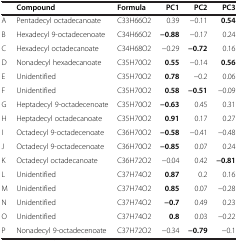
<table><thead><tr><td><b> </b></td><td><b>Compound</b></td><td><b>Formula</b></td><td><b>PC1</b></td><td><b>PC2</b></td><td><b>PC3</b></td></tr></thead><tbody><tr><td>A</td><td>Pentadecyl octadecanoate</td><td>C33H66O2</td><td>0.39</td><td>−0.11</td><td><b>0.54</b></td></tr><tr><td>B</td><td>Hexadecyl 9-octadecenoate</td><td>C34H66O2</td><td><b>−0.88</b></td><td>−0.17</td><td>0.24</td></tr><tr><td>C</td><td>Hexadecyl octadecanoate</td><td>C34H68O2</td><td>−0.29</td><td><b>−0.72</b></td><td>0.16</td></tr><tr><td>D</td><td>Nonadecyl hexadecanoate</td><td>C35H70O2</td><td><b>0.55</b></td><td>−0.14</td><td><b>0.56</b></td></tr><tr><td>E</td><td>Unidentified</td><td>C35H70O2</td><td><b>0.78</b></td><td>−0.2</td><td>0.06</td></tr><tr><td>F</td><td>Unidentified</td><td>C35H70O2</td><td><b>0.58</b></td><td><b>−0.51</b></td><td>−0.09</td></tr><tr><td>G</td><td>Heptadecyl 9-octadecenoate</td><td>C35H70O2</td><td><b>−0.63</b></td><td>0.45</td><td>0.31</td></tr><tr><td>H</td><td>Heptadecyl octadecanoate</td><td>C35H70O2</td><td><b>0.91</b></td><td>0.17</td><td>0.27</td></tr><tr><td>I</td><td>Octadecyl 9-octadecenoate</td><td>C36H70O2</td><td><b>−0.58</b></td><td>−0.41</td><td>−0.48</td></tr><tr><td>J</td><td>Octadecyl 9-octadecenoate</td><td>C36H70O2</td><td><b>−0.85</b></td><td>0.07</td><td>0.24</td></tr><tr><td>K</td><td>Octadecyl octadecanoate</td><td>C36H72O2</td><td>−0.04</td><td>0.42</td><td><b>−0.81</b></td></tr><tr><td>L</td><td>Unidentified</td><td>C37H74O2</td><td><b>0.87</b></td><td>0.2</td><td>0.16</td></tr><tr><td>M</td><td>Unidentified</td><td>C37H74O2</td><td><b>0.85</b></td><td>0.07</td><td>−0.28</td></tr><tr><td>N</td><td>Unidentified</td><td>C37H74O2</td><td><b>−0.7</b></td><td>0.49</td><td>0.23</td></tr><tr><td>O</td><td>Unidentified</td><td>C37H74O2</td><td><b>0.8</b></td><td>0.03</td><td>−0.22</td></tr><tr><td>P</td><td>Nonadecyl 9-octadecenoate</td><td>C37H72O2</td><td>−0.34</td><td><b>−0.79</b></td><td>−0.1</td></tr></tbody></table>